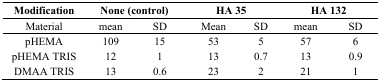
| Modification | <COLSPAN=2> None (control) | <COLSPAN=2> HA 35 | <COLSPAN=2> HA 132 |
 | --- | --- | --- | --- | --- | --- | --- |
 | Material | mean | SD | Mean | SD | mean | SD |
 | pHEMA | 109 | 15 | 53 | 5 | 57 | 6 |
 | pHEMA TRIS | 12 | 1 | 13 | 0.7 | 13 | 0.9 |
 | DMAA TRIS | 13 | 0.6 | 23 | 2 | 21 | 1 |